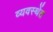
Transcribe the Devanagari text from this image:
व्यवस्थेंत